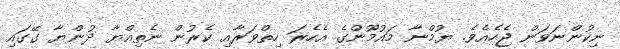
ނިކުންނަވަން ޖެހެއެވެ. ޔުމްނާ މައުމޫންގެ އެހެރަ ހިތްވަރާއި ކެރުން ނެތިއްޔާ ދުންޔާ ގޭގައި